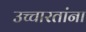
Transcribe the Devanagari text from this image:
उच्चारतांना